system: You are a helpful assistant.
user:
Analyze the provided spectrum to determine if it is a **White Dwarf (WD)**.

A White Dwarf spectrum is defined by its **extreme purity** (due to gravitational settling) and/or **extreme pressure broadening** (due to high surface gravity). You must check for one of the following mutually exclusive signatures:

- **Key Visual Indicators (Check for ONE of these types):**

    - **1. DA-Type Signature (Most Common):**
        - **(Primary Feature):** Extreme pressure broadening (Stark broadening) of the **Hydrogen (H) Balmer lines**.
        - **(Key Lines):** $H\beta$ (approx. $4861$ Å) and $H\gamma$ (approx. $4340$ Å). $H\alpha$ (approx. $6563$ Å) will also be present if the wavelength range covers it.
        - **(Line Profile):** This is the **defining feature**. The lines are **NOT** sharp. They appear as massive, **extremely broad and deep "troughs" or "dips"** in the spectrum, often hundreds of Ångströms wide. The continuum will appear to "scoop" down at these wavelengths.
        - **(Distinction):** Normal A-type or B-type stars have *narrow* and *sharp* Hydrogen lines. A DA White Dwarf's lines are unmistakably "smeared" or "blurry" from pressure.

    - **2. DB-Type Signature:**
        - **(Primary Feature):** Broad absorption lines from **Neutral Helium (He I)**. The spectrum must lack any visible Hydrogen lines.
        - **(Key Lines):** Look for broad absorption near $4471$ Å, $4921$ Å, and $5876$ Å.
        - **(Line Profile):** These lines are also significantly pressure-broadened, appearing much wider than they would in a normal B-type main-sequence star.

    - **3. DC-Type Signature:**
        - **(Primary Feature):** A **featureless continuous spectrum**.
        - **(Line Profile):** The spectrum is a smooth curve with **no significant absorption or emission lines**.
        - **(Key Confirmation):** The continuum is almost always **blue or white**, indicating a hot object. This signature implies the atmosphere is so pure (or so cool) that no spectral lines are visible in the optical range. Its WD identity is confirmed by its extremely low intrinsic brightness (high absolute magnitude).

    - **4. DZ-Type Signature (Metal-Polluted):**
        - **(Primary Feature):** **Isolated, narrow metal absorption lines** on an otherwise featureless (DC-like) continuum.
        - **(Key Lines):** The **Calcium (Ca II) H & K doublet** (approx. **$3934$ Å** and **$3968$ Å**) is the most common and defining feature.
        - **(Line Profile):** These lines are "out of place." They are *not* part of a "forest" of thousands of lines. This signature is evidence of recent *accretion* (pollution) from rocky debris.
        - **(Distinction):** Normal G/K/M stars have a *dense forest* of thousands of metal lines. A DZ has a *clean* continuum with *only a few* strong metal lines.

    - **5. DQ-Type Signature (Carbon-Polluted):**
        - **(Primary Feature):** Absorption bands from **Carbon (C₂ "Swan Bands" or atomic C I)**.
        - **(Key Lines - C₂):** Look for bandheads with a "saw-tooth" shape near $5635$ Å, **$5165$ Å** (strongest), and $4737$ Å.
        - **(Key Confirmation):** The underlying **continuum must be blue or white** (hot).
        - **(Distinction):** This is the critical difference from a **Carbon Star**, which has the *exact same* C₂ bands but on an extremely **red, cool** continuum.

- **(Overall Spectrum):**
    - The continuum (overall shape) is typically **blue-sloping** (brighter in the blue than the red), as most white dwarfs are very hot.
    - The spectrum will look "pure" or "simple," dominated by only *one* of the five signatures listed above.

Think first, call **spectral_visualization_tool** if needed to examine features in detail, then provide your final answer. Your response must adhere to the following strict rules:
1.  **Overall Structure:** Your response must follow the format `<think>...</think> <tool_call>...</tool_call> (if a tool is used) <answer>...</answer>`.
2.  **Tool Usage Constraint:** You may only make **one** tool call per turn.
3.  **Final Answer Format:** In the `<answer>` tag, your conclusion must be inside a `\boxed{}` command (e.g., `\boxed{YES}` or `\boxed{NO}`), followed by your justification.

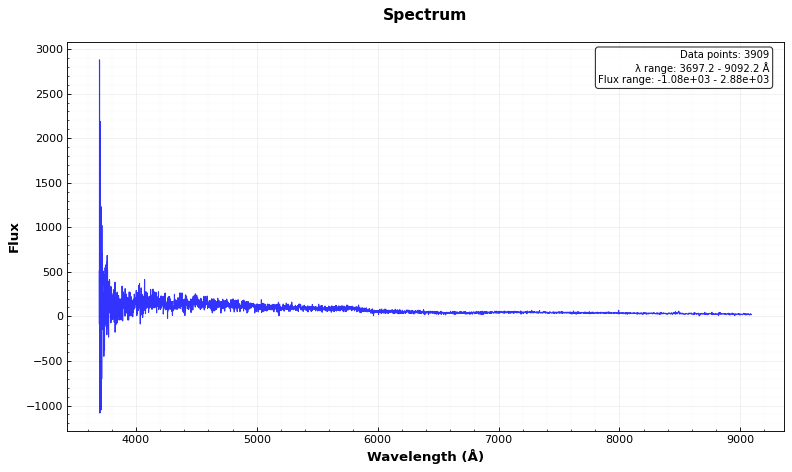
Answer: NO